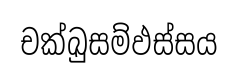
චක්ඛුසම්ඵස්සය